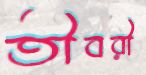
তীবরী